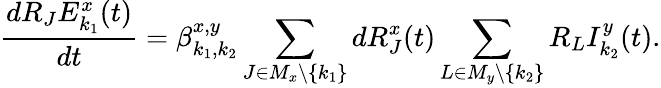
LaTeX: \frac{dR_{J}E_{k_{1}}^{x}(t)}{dt}=\beta_{k_{1},k_{2}}^{x,y}\sum_{J\in M_{x}\backslash\{ k_{1}\} }dR_{J}^{x}(t)\sum_{L\in M_{y}\backslash\{ k_{2}\} }R_{L}I_{k_{2}}^{y}(t).